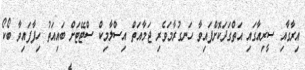
އިރާގާއި ސީރިއާގައި އަތްގަދަކޮށްފައިވާ ހަނގުރާމަވެރި ޖަމާއަތް އިސްލާމިކް ސްޓޭޓަށް ބައިއަތު ހިފާފައިވާ ބޯކޯ